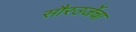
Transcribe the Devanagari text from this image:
सौरउर्जेचा